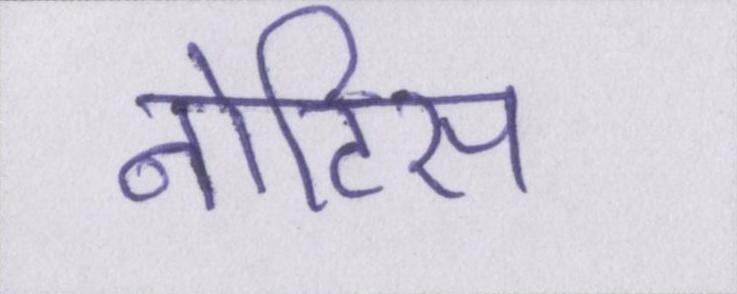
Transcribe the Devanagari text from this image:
नोटिस